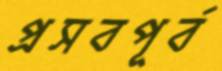
প্রসবপূর্ব